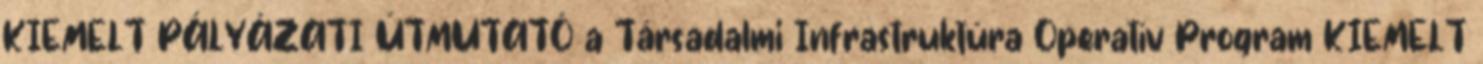
KIEMELT PÁLYÁZATI ÚTMUTATÓ a Társadalmi Infrastruktúra Operatív Program KIEMELT